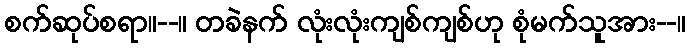
စက်ဆုပ်စရာ။--။ တခဲနက် လုံးလုံးကျစ်ကျစ်ဟု စုံမက်သူအား--။